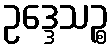
ဥဒ္ဒေသဉ္စ